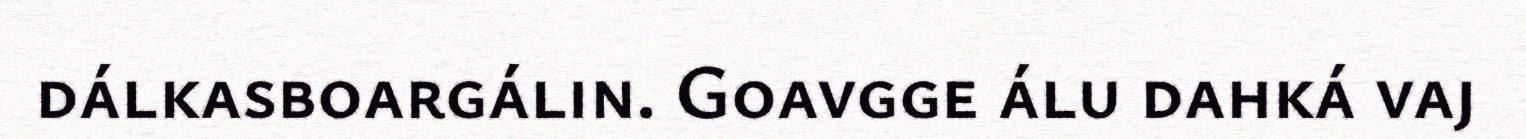
dálkasboargálin. Goavgge álu dahká vaj